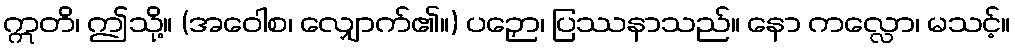
ဣတိ၊ ဤသို့။ (အဝေါစ၊ လျှောက်၏။) ပဉှော၊ ပြဿနာသည်။ နော ကလ္လော၊ မသင့်။